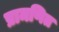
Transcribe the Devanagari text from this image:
प्रामणित